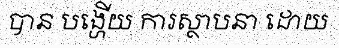
បាន បង្ហើយ ការស្ថាបនា ដោយ